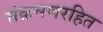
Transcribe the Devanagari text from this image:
संक्रमणरहित